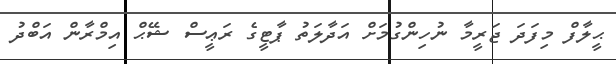
ޙީލާފް މިފަދަ ޖަރީމާ ނުހިންގުމަށް އަދާލަތު ޕާޓީގެ ރަޢީސް ޝޭޙް އިމްރާން އަބްދު